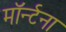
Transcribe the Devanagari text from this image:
मॉर्न्टना